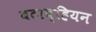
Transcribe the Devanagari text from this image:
बटाव्हियन